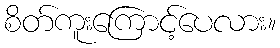
စိတ်ကူးကြောင့်ပေလား။